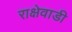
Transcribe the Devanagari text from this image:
राक्षेवाडी